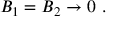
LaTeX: { \cal B } _ { 1 } = { \cal B } _ { 2 } \rightarrow 0 \ .